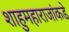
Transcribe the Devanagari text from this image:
शाहुमहाराजांकडे